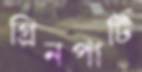
গ্রিনপার্টি